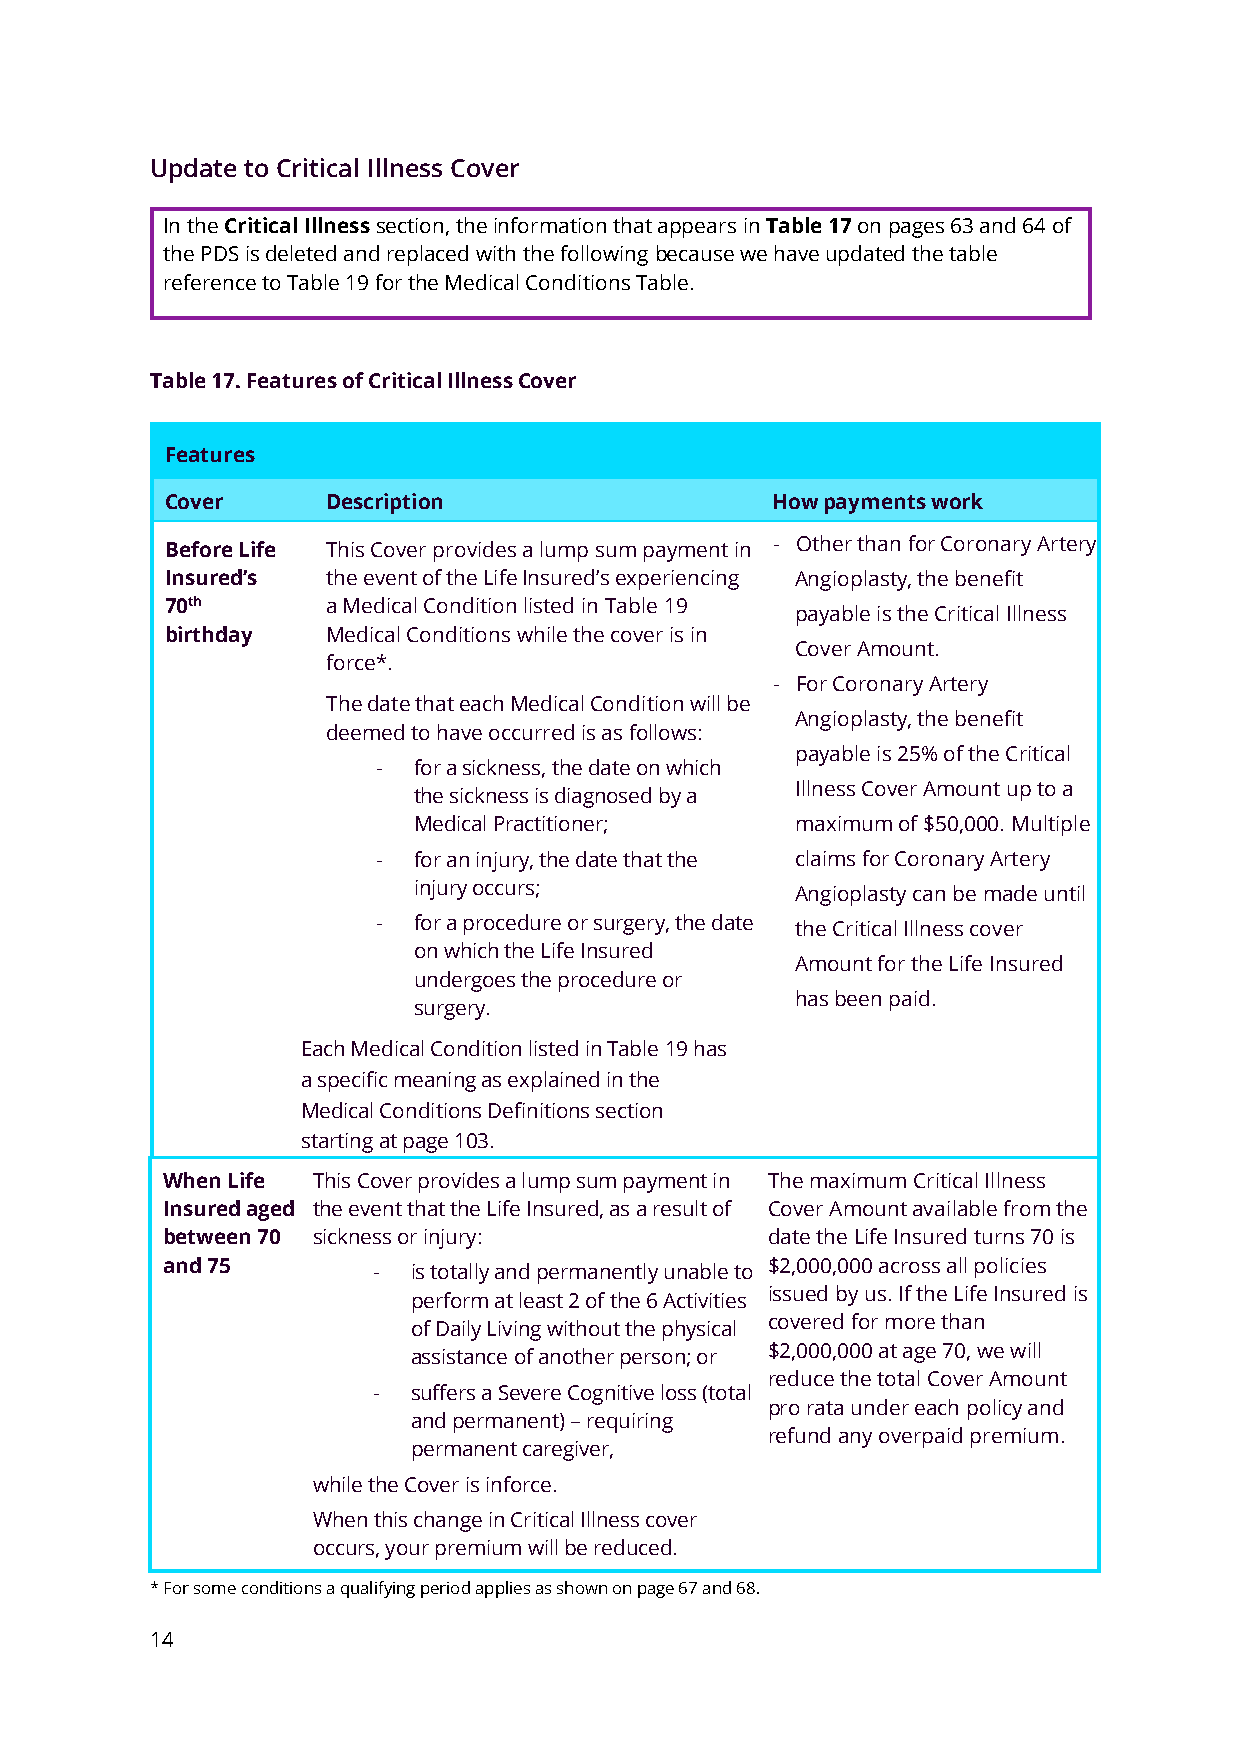
Update to Critical Illness Cover
 In the Critical Illness section, the information that appears in Table 17 on pages 63 and 64 of
 the PDS is deleted and replaced with the following because we have updated the table
 reference to Table 19 for the Medical Conditions Table.
 Table 17. Features of Critical Illness Cover
 Features
 Cover      Description                  How payments work
 Before Life This Cover provides a lump sum payment in - Other than for Coronary Artery
 Insured’s  the event of the Life Insured’s experiencing Angioplasty, the benefit
 70th       a Medical Condition listed in Table 19
 payable is the Critical Illness
 birthday   Medical Conditions while the cover is in
 Cover Amount.
 force*.
 - For Coronary Artery
 The date that each Medical Condition will be
 Angioplasty, the benefit
 deemed to have occurred is as follows:
 payable is 25% of the Critical
 - for a sickness, the date on which
 Illness Cover Amount up to a
 the sickness is diagnosed by a
 Medical Practitioner;     maximum of $50,000. Multiple
 - for an injury, the date that the claims for Coronary Artery
 injury occurs;
 Angioplasty can be made until
 - for a procedure or surgery, the date
 the Critical Illness cover
 on which the Life Insured
 Amount for the Life Insured
 undergoes the procedure or
 has been paid.
 surgery.
 Each Medical Condition listed in Table 19 has
 a specific meaning as explained in the
 Medical Conditions Definitions section
 starting at page 103.
 When Life This Cover provides a lump sum payment in The maximum Critical Illness
 Insured aged the event that the Life Insured, as a result of Cover Amount available from the
 between 70 sickness or injury:          date the Life Insured turns 70 is
 and 75
 - is totally and permanently unable to
 $2,000,000 across all policies
 issued by us. If the Life Insured is
 perform at least 2 of the 6 Activities
 covered for more than
 of Daily Living without the physical
 $2,000,000 at age 70, we will
 assistance of another person; or
 reduce the total Cover Amount
 - suffers a Severe Cognitive loss (total
 pro rata under each policy and
 and permanent) – requiring
 refund any overpaid premium.
 permanent caregiver,
 while the Cover is inforce.
 When this change in Critical Illness cover
 occurs, your premium will be reduced.
 * For some conditions a qualifying period applies as shown on page 67 and 68.
 14